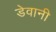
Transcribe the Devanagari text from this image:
डेवानी